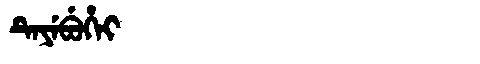
Manchu: ᡨᡝᠶᡝᠪᡠᡥᡝᡳ
Romanization: TEYEBUHEI